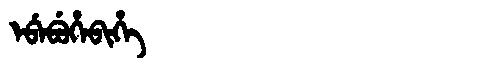
Manchu: ᡝᠪᡝᠪᡠᡥᡝᠪᡳᡥᡝ
Romanization: EBEBUHEBIHE